Report on vaccination in the Province of Bengal - 1874-1889
Year: 1874
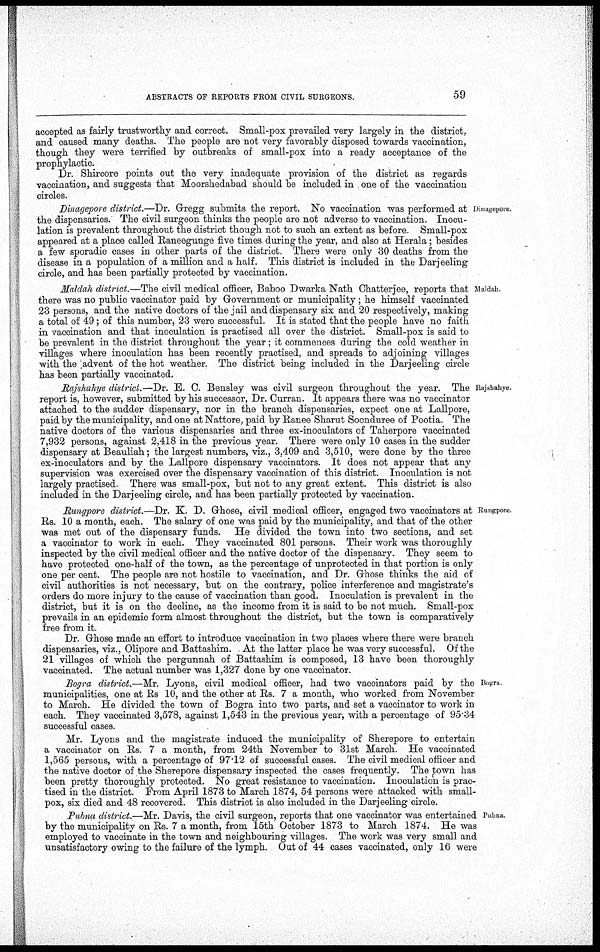
ABSTRACTS OF REPORTS FROM CIVIL SURGEONS.
59
accepted as fairly trustworthy and correct. Small-pox prevailed very largely in the district,
and caused many deaths. The people are not very favorably disposed towards vaccination,
though they were terrified by outbreaks of small-pox into a ready acceptance of the
prophylactic.
Dr. Shircore points out the very inadequate provision of the district as regards
vaccination, and suggests that Moorshedabad should be included in one of the vaccination
circles.
Dinagepore.
Dinagepore district.—Dr. Gregg submits the report. No vaccination was performed at
the dispensaries. The civil surgeon thinks the people are not adverse to vaccination. Inocu-
lation is prevalent throughout the district though not to such an extent as before. Small-pox
appeared at a place called Raneegunge five times during the year, and also at Herala; besides
a few sporadic cases in other parts of the district. There were only 30 deaths from the
disease in a population of a million and a half. This district is included in the Darjeeling
circle, and has been partially protected by vaccination.
Maldah
Maldah district.—The civil medical officer, Baboo Dwarka Nath Chatterjee, reports that
there was no public vaccinator paid by Government or municipality; he himself vaccinated
23 persons, and the native doctors of the jail and dispensary six and 20 respectively, making
a total of 49; of this number, 23 were successful. It is stated that the people have no faith
in vaccination and that inoculation is practised all over the district. Small-pox is said to
be prevalent in the district throughout the year; it commences during the cold weather in
villages where inoculation has been recently practised, and spreads to adjoining villages
with the advent of the hot weather. The district being included in the Darjeeling circle
has been partially vaccinated.
Rajshahye.
Rajshahye district.—Dr. E. C. Bensley was civil surgeon throughout the year. The
report is, however, submitted by his successor, Dr. Curran. It appears there was no vaccinator
attached to the sudder dispensary, nor in the branch dispensaries, expect one at Lallpore,
paid by the municipality, and one at Nattore, paid by Ranee Sharut Socnduree of Pootia. The
native doctors of the various dispensaries and three ex-inoculators of Taherpore vaccinated
7,932 persons, against 2,418 in the previous year. There were only 10 cases in the sudder
dispensary at Beauliah; the largest numbers, viz., 3,409 and 3,510, were done by the three
ex-inoculators and by the Lallpore dispensary vaccinators. It does not appear that any
supervision was exercised over the dispensary vaccination of this district. Inoculation is not
largely practised There was small-pox, but not to any great extent. This district is also
included in the Darjeeling circle, and has been partially protected by vaccination.
Rungpore
Rungpore district.—Dr. K. D. Ghose, civil medical officer, engaged two vaccinators at
Rs. 10 a month, each. The salary of one was paid by the municipality, and that of the other
was met out of the dispensary funds. He divided the town into two sections, and set
a vaccinator to work in each. They vaccinated 801 persons. Their work was thoroughly
inspected by the civil medical officer and the native doctor of the dispensary. They seem to
have protected one-half of the town, as the percentage of unprotected in that portion is only
one per cent. The people are not hostile to vaccination, and Dr. Ghose thinks the aid of
civil authorities is not necessary, but on the contrary, police interference and magistrate's
orders do more injury to the cause of vaccination than good. Inoculation is prevalent in the
district, but it is on the decline, as the income from it is said to be not much. Small-pox
prevails in an epidemic form almost throughout the district, but the town is comparatively
free from it.
Dr. Ghose made an effort to introduce vaccination in two places where there were branch
dispensaries, viz., Olipore and Battashim. At the latter place he was very successful. Of the
21 villages of which the pergunnah of Battashim is composed, 13 have been thoroughly
vaccinated. The actual number was 1,327 done by one vaccinator.
Bogra.
Bogra district.—Mr. Lyons, civil medical officer, had two vaccinators paid by the
municipalities, one at Rs 10, and the other at Rs. 7 a month, who worked from November
to March. He divided the town of Bogra into two parts, and set a vaccinator to work in
each. They vaccinated 3,578, against 1,543 in the previous year, with a percentage of 95.34
successful cases.
Mr. Lyons and the magistrate induced the municipality of Sherepore to entertain
a vaccinator on Rs. 7 a month, from 24th November to 31st March. He vaccinated
1,565 persons, with a percentage of 97.12 of successful cases. The civil medical officer and
the native doctor of the Sherepore dispensary inspected the cases frequently. The town has
been pretty thoroughly protected. No great resistance to vaccination. Inoculation is prac-
tised in the district. From April 1873 to March 1874, 54 persons were attacked with small-
pox, six died and 48 recovered. This district is also included in the Darjeeling circle.
Pubna.
Pubna district.—Mr. Davis, the civil surgeon, reports that one vaccinator was entertained
by the municipality on Rs. 7 a month, from 15th October 1873 to March 1874. He was
employed to vaccinate in the town and neighbouring villages. The work was very small and
unsatisfactory owing to the failure of the lymph. Out of 44 cases vaccinated, only 16 were